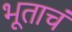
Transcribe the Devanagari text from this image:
भूताचं